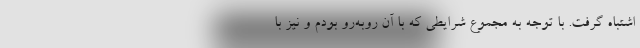
اشتباه گرفت. با توجه به مجموع شرایطی که با آن روبه‌رو بودم و نیز با